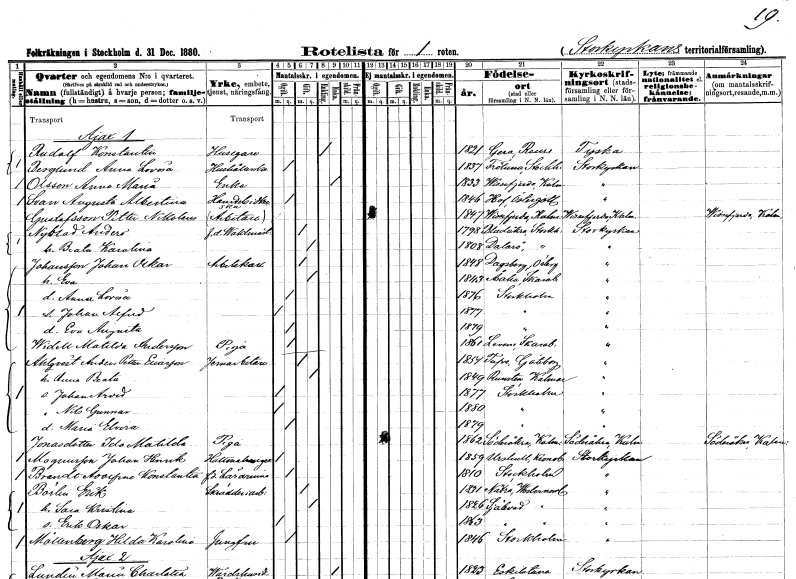
gt_parse: households: individuals: FN: Konstantin
EN: Rudolf
YRKE: Husägare
KON: M
CIV: E
FODAR: 1821
FN: Anna Lovisa
EN: Berglund
YRKE: Hushållerska
KON: K
CIV: O
FODAR: 1837
FODFORS: Frötuna Stockholms län
FN: Anna Maria
EN: Olsson
YRKE: Änka
KON: K
CIV: E
FODAR: 1833
FODFORS: Vissefjärda Kalmar län
FN: Augusta Albertina
EN: Svan
YRKE: Handelsidkerska
KON: K
CIV: O
FODAR: 1846
FODFORS: Hov Östergötlands län
FN: Petter Nikolaus
EN: Gustafsson
YRKE: Arbetare
KON: M
CIV: O
FODAR: 1847
FODFORS: Vissefjärda Kalmar län
FN: Anders
EN: Nyblad
YRKE: Vaktmästare f.d.
KON: M
CIV: G
FODAR: 1798
FODFORS: Bladåker Uppsala län
FN: Beata Karolina
KON: K
CIV: G
FODAR: 1808
FODFORS: Dalarö Stockholms län
FN: Johan Oskar
EN: Johansson
YRKE: Arbetskarl
KON: M
CIV: G
FODAR: 1848
FODFORS: Dagsberg Östergötlands län
FN: Eva
KON: K
CIV: G
FODAR: 1843
FODFORS: Åsaka Skaraborgs län
FN: Anna Lovisa
KON: K
CIV: O
FODAR: 1876
FODFORS: Stockholm
FN: Johan Alfred
KON: M
CIV: O
FODAR: 1877
FODFORS: Stockholm
FN: Eva Augusta
KON: K
CIV: O
FODAR: 1879
FODFORS: Stockholm
FN: Matilda
EN: Widell Andersson
YRKE: Piga
KON: K
CIV: O
FODAR: 1861
FODFORS: Levene Skaraborgs län
FN: Anders Petter
EN: Ahlqvist Euarsson
YRKE: Järnarbetare
KON: M
CIV: G
FODAR: 1854
FODFORS: Tuve Göteborgs- och Bohuslän
FN: Anna Beata
KON: K
CIV: G
FODAR: 1849
FODFORS: Runsten Kalmar län
FN: Johan Arvid
KON: M
CIV: O
FODAR: 1877
FODFORS: Stockholm
FN: Nils Gunnar
KON: M
CIV: O
FODAR: 1880
FODFORS: Stockholm
FN: Maria Elvira
KON: K
CIV: O
FODAR: 1879
FODFORS: Stockholm
FN: Ida Matilda
EN: Jonasdotter
YRKE: Piga
KON: K
CIV: O
FODAR: 1862
FODFORS: Söderåkra Kalmar län
FN: Johan Henrik
EN: Magnusson
YRKE: Hattmakaregesäll
KON: M
CIV: O
FODAR: 1859
FODFORS: Urshult Kronobergs län
FN: Adolfina Konstantia
EN: Brendt
YRKE: Lärarinna f.d.
KON: K
CIV: O
FODAR: 1810
FODFORS: Stockholm
FN: Erik
EN: Börlin
YRKE: Skrädderiarbetare
KON: M
CIV: G
FODAR: 1831
FODFORS: Nätra Västernorrlands län
FN: Sara Kristina
KON: K
CIV: G
FODAR: 1826
FODFORS: Själevad Västernorrlands län
FN: Erik Oskar
KON: M
CIV: O
FODAR: 1863
FODFORS: Själevad Västernorrlands län